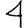
Digit: 4